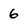
Character: 6